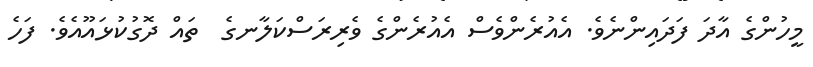
މީހުންގެ އާދަ ފަދައިންނެވެ. އެއުރެންވެސް އެއުރެންގެ ވެރިރަސްކަލާނގެ  ތައް ދޮގުކުޅައޫއެވެ. ފަހެ